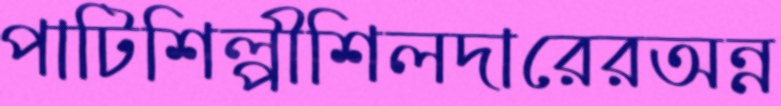
পাটিশিল্পীশিলদারেরঅন্ন